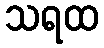
သရထ